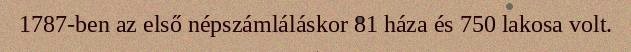
1787-ben az első népszámláláskor 81 háza és 750 lakosa volt.